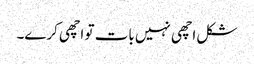
شکل اچھی نہیں بات تو اچھی کرے۔